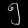
Digit: ၅